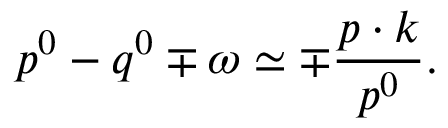
p ^ { 0 } - q ^ { 0 } \mp \omega \simeq \mp \frac { p \cdot k } { p ^ { 0 } } .